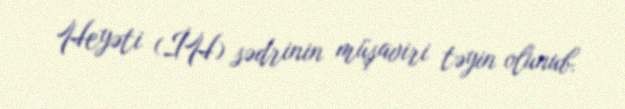
Heyəti (İH) sədrinin müşaviri təyin olunub.